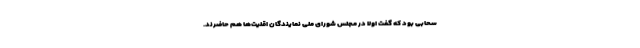
سحابی بود که گفت اولا در مجلس شورای ملی نمایندگان اقلیت‌ها هم حاضرند.